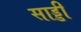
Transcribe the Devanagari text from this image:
साड्डी